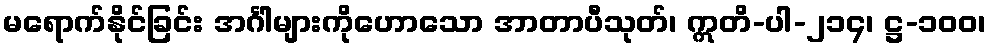
မရောက်နိုင်ခြင်း အင်္ဂါများကိုဟောသော အာတာပီသုတ်၊ ဣတိ-ပါ-၂၁၄၊ ဋ္ဌ-၁၀၀၊